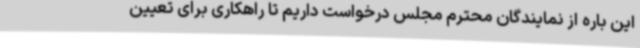
این باره از نمایندگان محترم مجلس درخواست داریم تا راهکاری برای تعیین